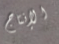
الإنتاج